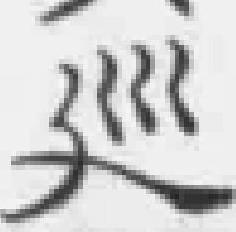
巡